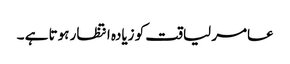
عامر لیاقت کو زیادہ انتظار ہوتا ہے ۔